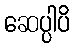
ဆေပ္ပါပိ